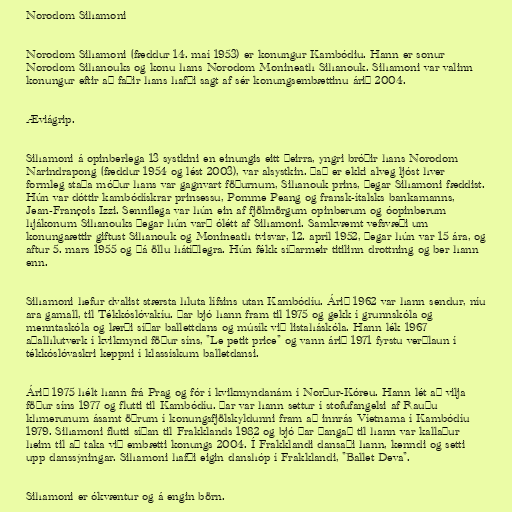
Norodom Sihamoni

Norodom Sihamoni (fæddur 14. maí 1953) er konungur Kambódiu. Hann er sonur
Norodom Sihanouks og konu hans Norodom Monineath Sihanouk. Sihamoni var valinn
konungur eftir að faðir hans hafði sagt af sér konungsembættinu árið 2004.

Æviágrip.

Sihamoni á opinberlega 13 systkini en einungis eitt þeirra, yngri bróðir hans Norodom
Narindrapong (fæddur 1954 og lést 2003), var alsystkin. Það er ekki alveg ljóst hver
formleg staða móður hans var gagnvart föðurnum, Sihanouk prins, þegar Sihamoni fæddist.
Hún var dóttir kambódískrar prinsessu, Pomme Peang og fransk-ítalsks bankamanns,
Jean-François Izzi. Sennilega var hún ein af fjölmörgum opinberum og óopinberum
hjákonum Sihanouks þegar hún varð ólétt af Sihamoni. Samkvæmt vefsvæði um
konungaættir giftust Sihanouk og Monineath tvisvar, 12. apríl 1952, þegar hún var 15 ára, og
aftur 5. mars 1955 og þá öllu hátíðlegra. Hún fékk síðarmeir titilinn drottning og ber hann
enn.

Sihamoni hefur dvalist stærsta hluta lífsins utan Kambódíu. Árið 1962 var hann sendur, níu
ara gamall, til Tékkóslóvakíu. Þar bjó hann fram til 1975 og gekk í grunnskóla og
menntaskóla og lærði síðar ballettdans og músík við listaháskóla. Hann lék 1967
aðalhlutverk í kvikmynd föður síns, "Le petit price" og vann árið 1971 fyrstu verðlaun í
tékkóslóvaskri keppni í klassískum balletdansi.

Árið 1975 hélt hann frá Prag og fór í kvikmyndanám í Norður-Kóreu. Hann lét að vilja
föður síns 1977 og flutti til Kambódíu. Þar var hann settur í stofufangelsi af Rauðu
khmerunum ásamt öðrum í konungsfjölskyldunni fram að innrás Víetnama í Kambódíu
1979. Sihamoni flutti síðan til Frakklands 1982 og bjó þar þangað til hann var kallaður
heim til að taka við embætti konungs 2004. Í Frakklandi dansaði hann, kenndi og setti
upp danssýningar. Sihamoni hafði eigin danshóp í Frakklandi, "Ballet Deva".

Sihamoni er ókvæntur og á engin börn.